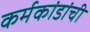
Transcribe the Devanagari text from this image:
कर्मकांडांची